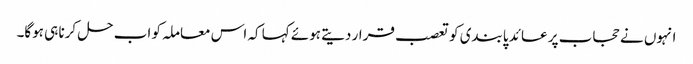
انہوں نے حجاب پر عائد پابندی کو تعصب قرار دیتے ہوئے کہا کہ اس معاملہ کو اب حل کرنا ہی ہوگا۔